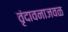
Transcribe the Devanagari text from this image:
वृंदावनाजवळ